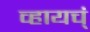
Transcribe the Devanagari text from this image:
व्हायच्ं